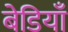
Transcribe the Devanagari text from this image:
बेडियाँ